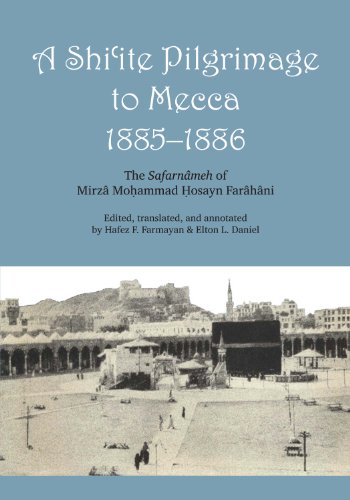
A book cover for A Shi'ite Pilgrimage to Mecca, 1885-1886: The SafarnÃ¢meh of MirzÃ¢ Mo ammad  osayn FarÃ¢hÃ¢ni; MirzÃ¢ Mohammed Hosayn FarÃ¢hÃ¢ni; Religion & Spirituality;